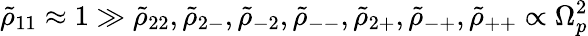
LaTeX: \tilde{\rho}_{11}\approx 1\gg\tilde{\rho}_{22},\tilde{\rho}_{2-},\tilde{\rho}_{-2},\tilde{\rho}_{--},\tilde{\rho}_{2+},\tilde{\rho}_{-+},\tilde{\rho}_{++}\propto\Omega_{p}^{2}